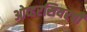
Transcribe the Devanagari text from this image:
ओव्हरसियरची